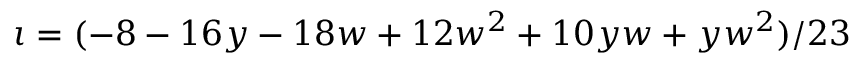
\iota = ( - 8 - 1 6 y - 1 8 w + 1 2 w ^ { 2 } + 1 0 y w + y w ^ { 2 } ) / 2 3